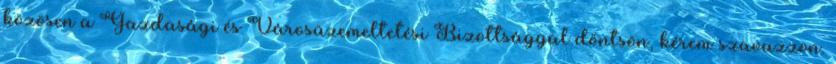
közösen a Gazdasági és Városüzemeltetési Bizottsággal döntsön, kérem szavazzon.